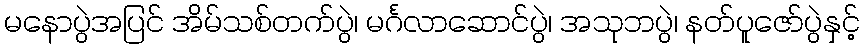
မနောပွဲအပြင် အိမ်သစ်တက်ပွဲ၊ မင်္ဂလာဆောင်ပွဲ၊ အသုဘပွဲ၊ နတ်ပူဇော်ပွဲနှင့်